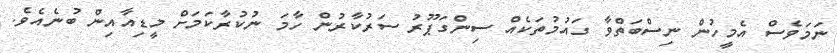
ނަމަވެސް އެމީހުން ނިސްބަތްވާ ގައުމުތަކެއް ސިންގަޕޫރު ސަރުކާރުން ހާމަ ނުކުރާކަމަށް މީޑިއާއިން ބުނެއެވެ.